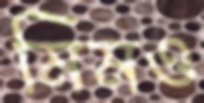
মিমও